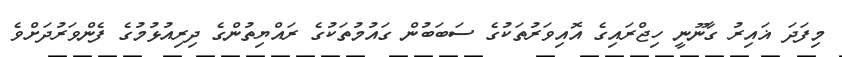
މިފަދަ ޣައިރު ގާނޫނީ ހިޖްރައިގެ އޮއިވަރުތަކުގެ ސަބަބުން ގައުމުތަކުގެ ރައްޔިތުންގެ ދިރިއުޅުމުގެ ފެންވަރުދަށްވެ